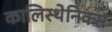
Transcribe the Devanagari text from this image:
कालिस्थेनिक्स